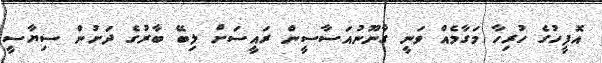
އޮފީހުގެ ހުރިހާ މަގާމެއް ވަނީ ގާނޫނުއަސާސީން ރައީސަށް ލިބޭ ބާރުގެ ދަށުން ސިޔާސީ